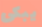
يبكى